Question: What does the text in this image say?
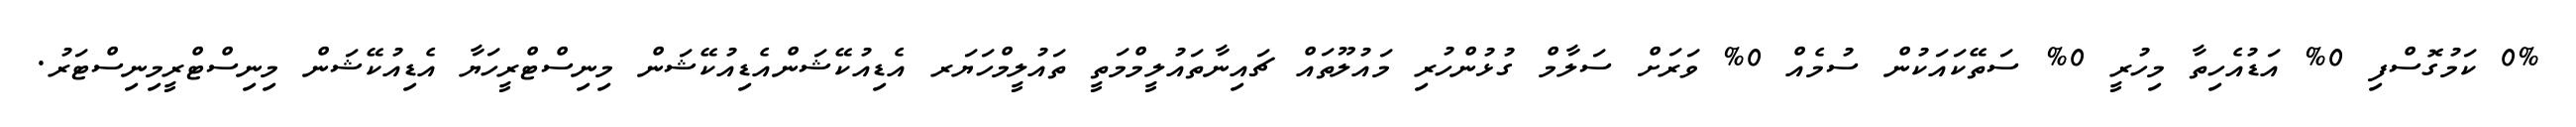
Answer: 0% ކަމުގޮސްފި 0% އަޑުއެހިތާ މިހުރީ 0% ސަތޭކައަކުން ސުމެއް 0% ވަރަށް ސަލާމް ގުޅުންހުރި މައުލޫތައް ޗައިނާތައުލީމްމަތީ ތައުލީމްހަޔަރ އެޑިއުކޭޝަންއެޑިއުކޭޝަން މިނިސްޓްރީހަޔާ އެޑިއުކޭޝަން މިނިސްޓްރީމިނިސްޓަރު.